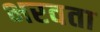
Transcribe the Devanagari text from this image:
भरवता